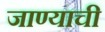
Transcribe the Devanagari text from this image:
जाण्‍याची